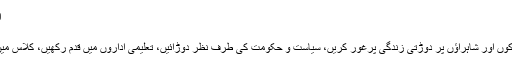
اسی کیفیت کے متعلق حکیم الامت نے کہا تھا:
تھا جو ''ناخوب'' بتدریج وہی خوب ہوا
ہم ذرا اپنی مارکیٹوں میں نکل کر دیکھیں، سڑکوں اور شاہراؤں پر دوڑتی زندگی پرغور کریں، سیاست و حکومت کی طرف نظر دوڑائیں، تعلیمی اداروں میں قدم رکھیں، کلاس میں کھڑے استاد اور پروفیسر سے مکالمہ کریں۔